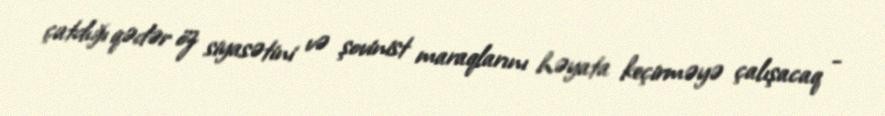
çatdığı qədər öz siyasətini və şovinist maraqlarını həyata keçirməyə çalışacaq -